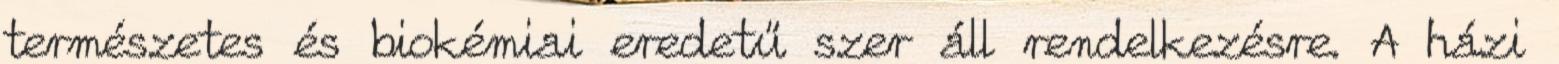
természetes és biokémiai eredetű szer áll rendelkezésre. A házi